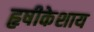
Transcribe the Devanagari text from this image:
हृषीकेशाय